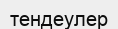
тендеулер